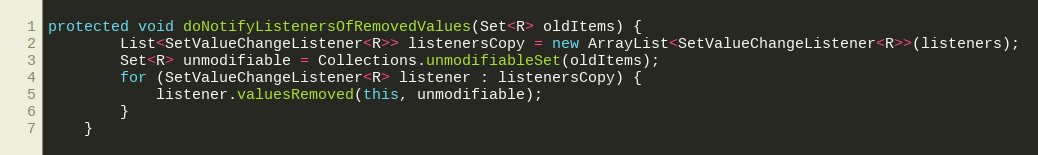
Language: Java
protected void doNotifyListenersOfRemovedValues(Set<R> oldItems) {
        List<SetValueChangeListener<R>> listenersCopy = new ArrayList<SetValueChangeListener<R>>(listeners);
        Set<R> unmodifiable = Collections.unmodifiableSet(oldItems);
        for (SetValueChangeListener<R> listener : listenersCopy) {
            listener.valuesRemoved(this, unmodifiable);
        }
    }